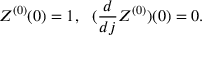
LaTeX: Z ^ { ( 0 ) } ( 0 ) = 1 , ~ ~ ( \frac { d } { d j } Z ^ { ( 0 ) } ) ( 0 ) = 0 .